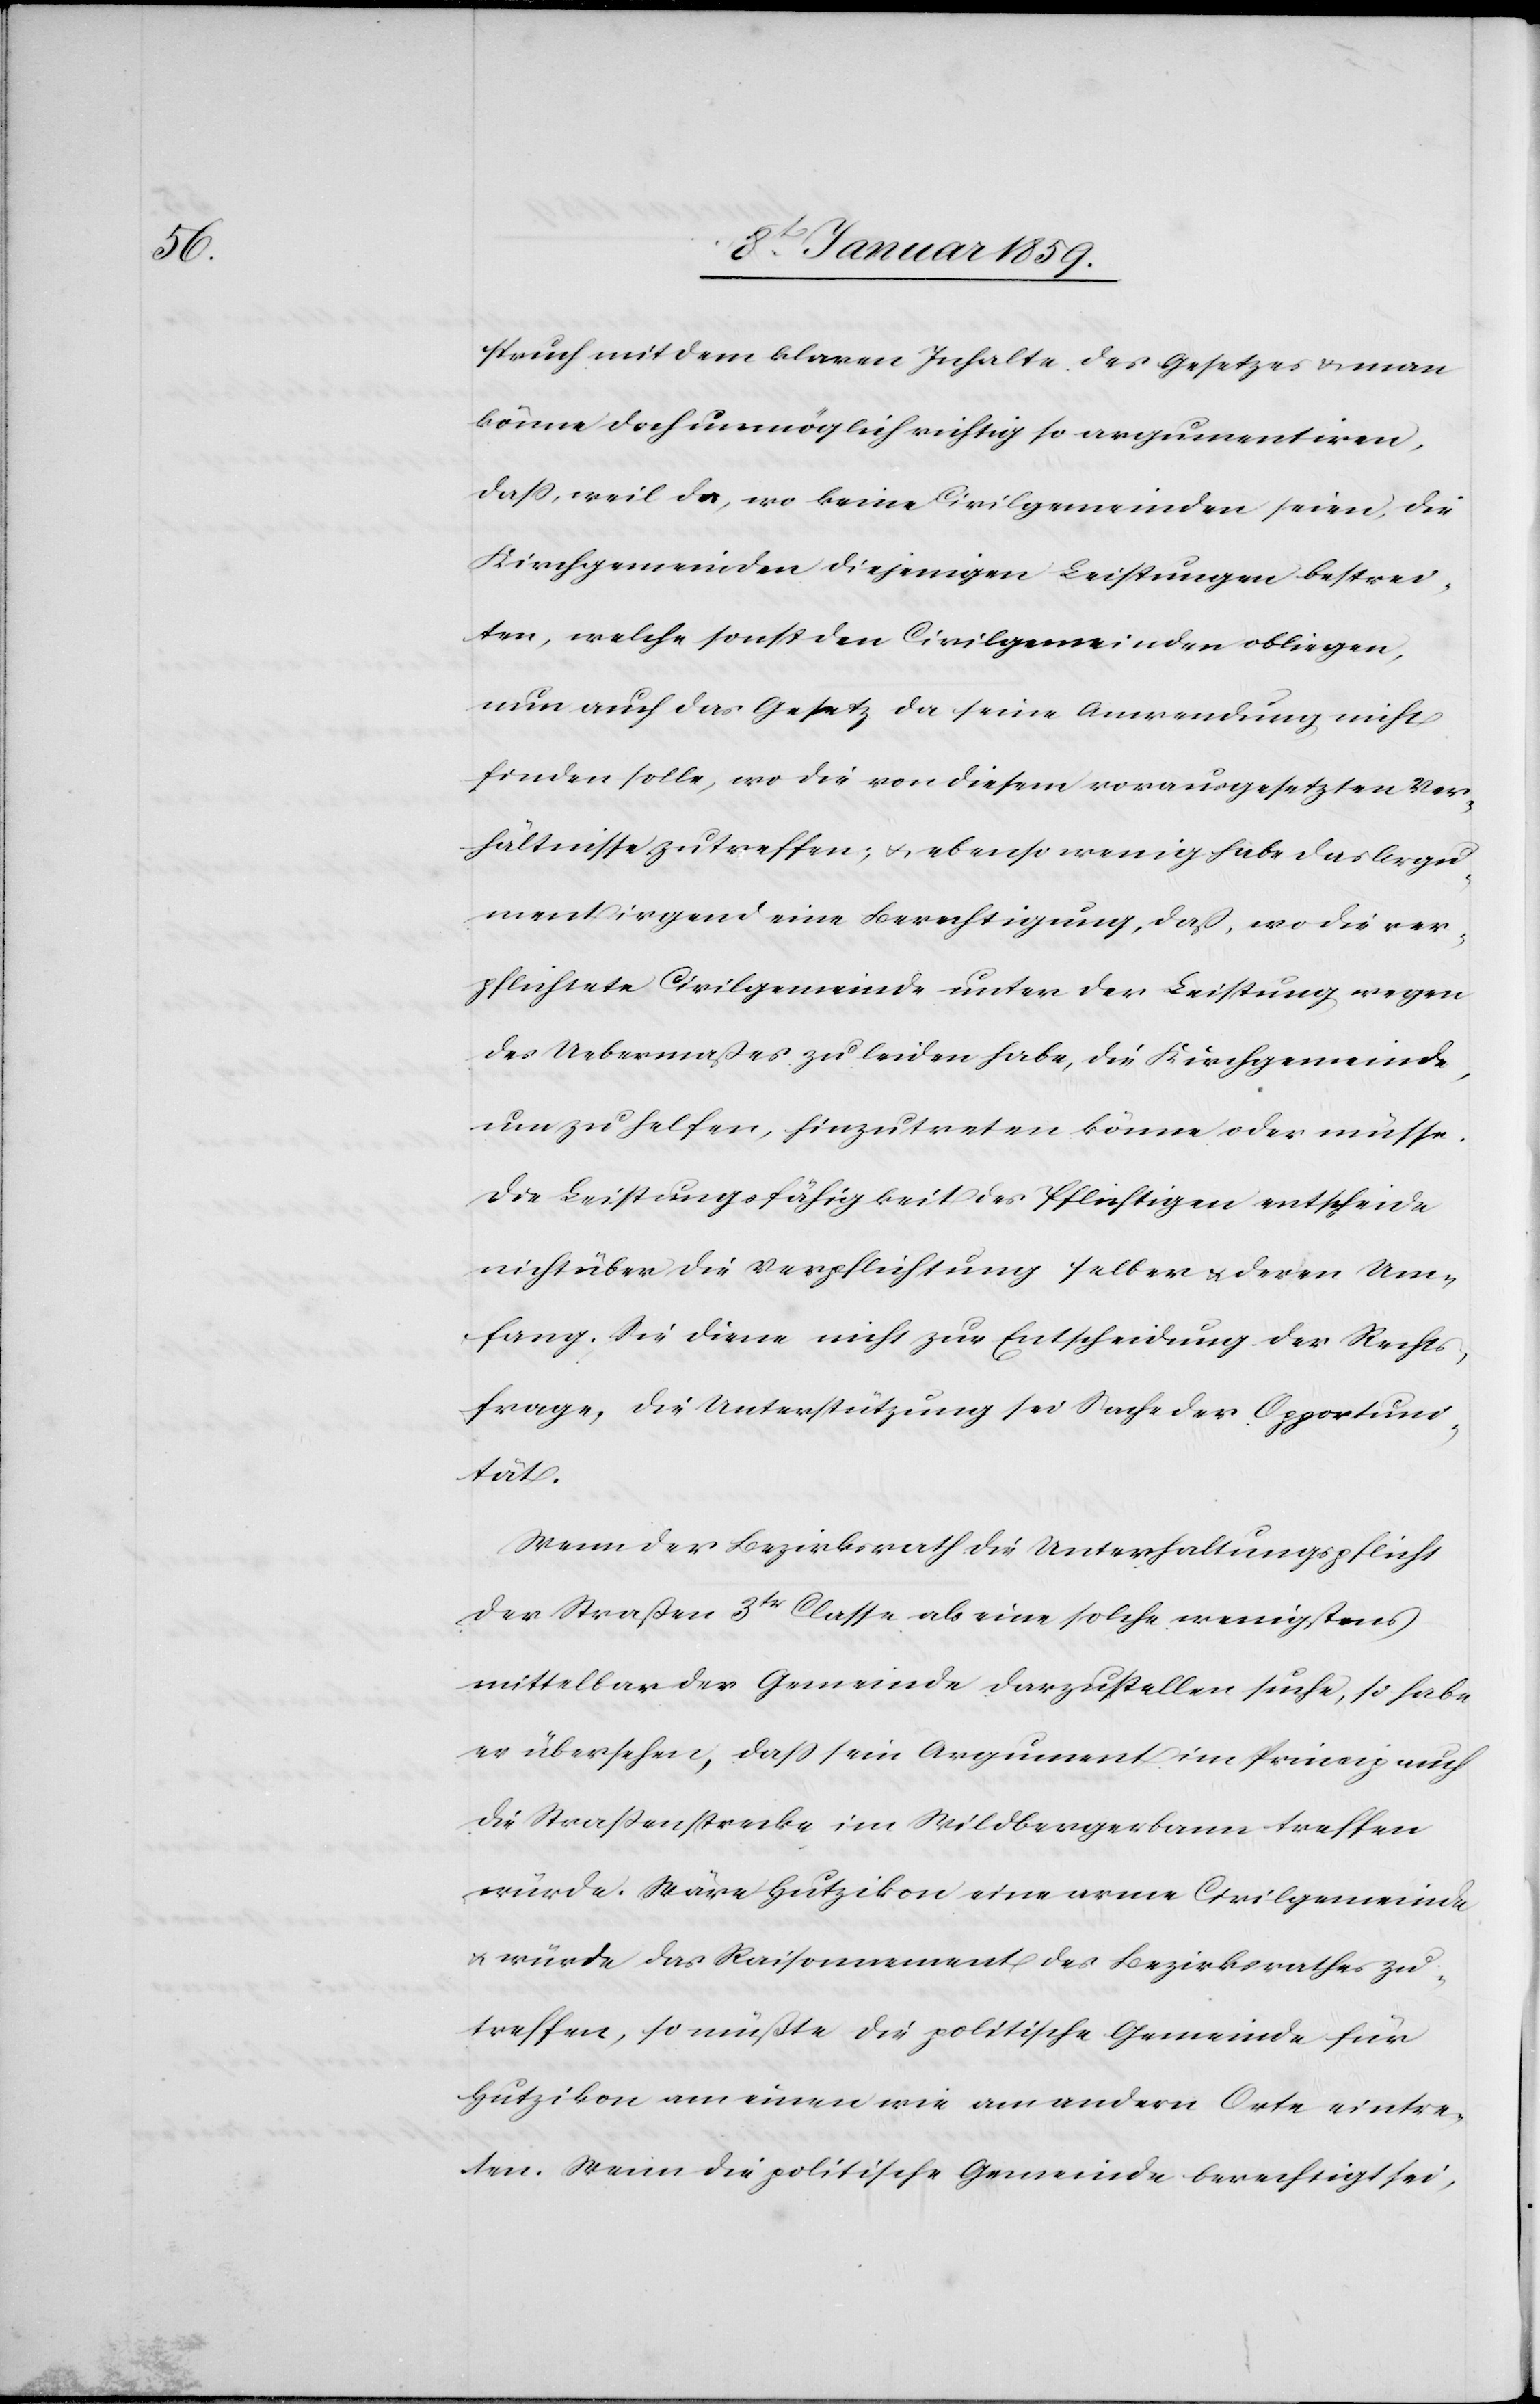
spruch mit dem klaren Inhalte des Gesetzes u. man
könne doch unmöglich richtig so argumentiren,
daß, weil da, wo keine Civilgemeinden seien, die
Kirchgemeinden diejenigen Leistungen bestrei¬
ten, welche sonst den Civilgemeinden obliegen,
nun auch das Gesetz da seine Anwendung nicht
finden solle, wo die von diesem vorausgesetzten Ver¬
hältnisse zutreffen; u. ebenso wenig habe das Argu¬
ment irgend eine Berechtigung, daß, wo die ver¬
pflichtete Civilgemeinde unter der Leistung wegen
des Uebermaßes zu leiden habe, die Kirchgemeinde,
um zu helfen, hinzutreten könne oder müsse.
Die Leistungsfähigkeit des Pflichtigen entscheide
nicht über die Verpflichtung selber u. deren Um¬
fang. Sie diene nicht zur Entscheidung der Rechts¬
frage, die Unterstützung sei Sache der Opportuni¬
tät.
Wenn der Bezirksrath die Unterhaltungspflicht
der Straßen 3tr. Classe als eine solche wenigstens
mittelbar der Gemeinde darzustellen suche, so habe
er übersehen, daß sein Argument im Princip auch
die Straßenstrecke im Wildbergerbann treffen
würde. Wäre Hutzikon eine arme Civilgemeinde
u. würde das Raisonnement des Bezirksrathes zu¬
treffen, so müßte die politische Gemeinde für
Hutzikon am einen wie am andern Orte eintre¬
ten. Wenn die politische Gemeinde berechtigt sei,